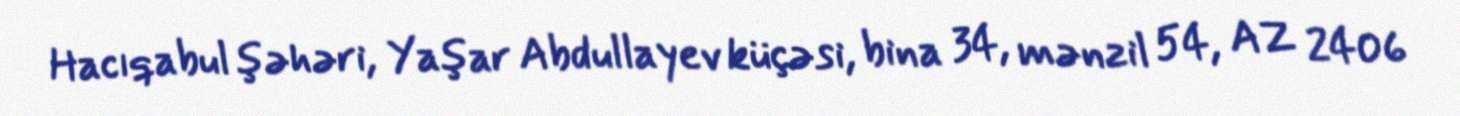
Hacıqabul şəhəri, Yaşar Abdullayev küçəsi, bina 34, mənzil 54, AZ 2406